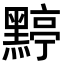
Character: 𪑬